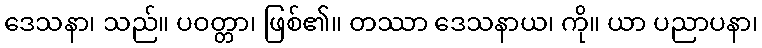
ဒေသနာ၊ သည်။ ပဝတ္တာ၊ ဖြစ်၏။ တဿာ ဒေသနာယ၊ ကို။ ယာ ပညာပနာ၊